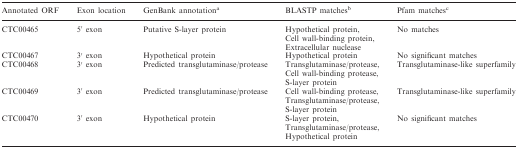
<table><thead><tr><td><b>Annotated ORF</b></td><td><b>Exon location</b></td><td><b>GenBank annotation<sup>a</sup></b></td><td><b>BLASTP matches<sup>b</sup></b></td><td><b>Pfam matches<sup>c</sup></b></td></tr></thead><tbody><tr><td rowspan="3">CTC00465</td><td rowspan="3">5′ exon</td><td rowspan="3">Putative S-layer protein</td><td>Hypothetical protein,</td><td rowspan="3">No matches</td></tr><tr><td>Cell wall-binding protein,</td></tr><tr><td>Extracellular nuclease</td></tr><tr><td>CTC00467</td><td>3′ exon</td><td>Hypothetical protein</td><td>Hypothetical protein</td><td>No significant matches</td></tr><tr><td rowspan="3">CTC00468</td><td rowspan="3">3′ exon</td><td rowspan="3">Predicted transglutaminase/protease</td><td>Transglutaminase/protease,</td><td rowspan="3">Transglutaminase-like superfamily</td></tr><tr><td>Cell wall-binding protease,</td></tr><tr><td>S-layer protein</td></tr><tr><td rowspan="3">CTC00469</td><td rowspan="3">3′ exon</td><td rowspan="3">Predicted transglutaminase/protease</td><td>Cell wall-binding protease,</td><td rowspan="3">Transglutaminase-like superfamily</td></tr><tr><td>Transglutaminase/protease,</td></tr><tr><td>S-layer protein</td></tr><tr><td rowspan="3">CTC00470</td><td rowspan="3">3′ exon</td><td rowspan="3">Hypothetical protein</td><td>S-layer protein,</td><td rowspan="3">No significant matches</td></tr><tr><td>Transglutaminase/protease,</td></tr><tr><td>Hypothetical protein</td></tr></tbody></table>